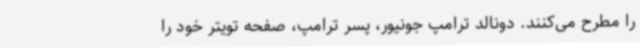
را مطرح می‌کنند. دونالد ترامپ جونیور، پسر ترامپ، صفحه تویتر خود را